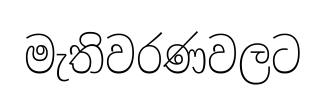
මැතිවරණවලට